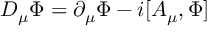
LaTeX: D _ { \mu } { \Phi } = \partial _ { \mu } { \Phi } - i [ A _ { \mu } , \Phi ]